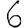
Digit: 6